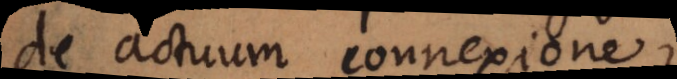
De actuum connexione.